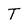
Character: T